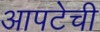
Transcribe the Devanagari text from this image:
आपटेची